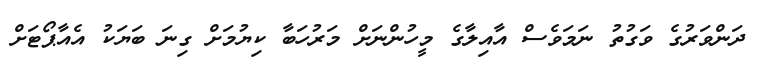
ދަންވަރުގެ ވަގުތު ނަމަވެސް އާއިލާގެ މީހުންނަށް މަރުހަބާ ކިޔުމަށް ގިނަ ބަޔަކު އެއާޕޯޓަށް